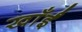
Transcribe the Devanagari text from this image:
खाँईं